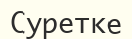
Суретке